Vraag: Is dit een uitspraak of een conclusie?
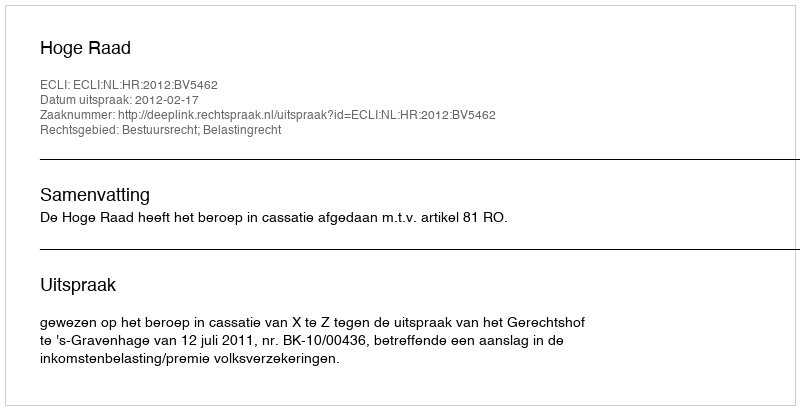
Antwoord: Uitspraak